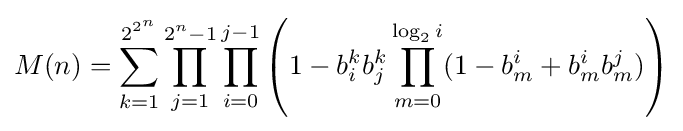
M(n)=\sum _{k=1}^{2^{2^{n}}}\prod _{j=1}^{2^{n}-1}\prod _{i=0}^{j-1}\left(1-b_{i}^{k}b_{j}^{k}\prod _{m=0}^{\log _{2}i}(1-b_{m}^{i}+b_{m}^{i}b_{m}^{j})\right)